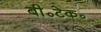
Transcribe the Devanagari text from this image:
बी॰टेक॰